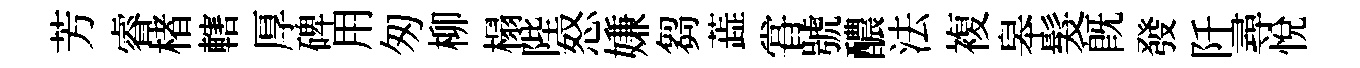
芳睿楮轄厚碑用匆柳榻陛怒嫌芻蕋甞號醲法複皋髮旣發阡尋悦